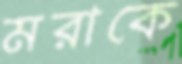
মরাকে